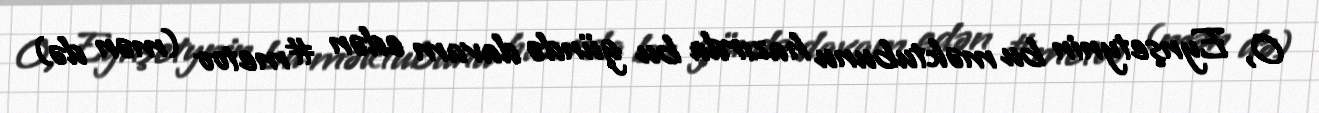
O, Eynşetynin bu məktubunu hazırda bu gündə davam edən #metoo (mən də)